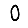
Digit: 0